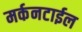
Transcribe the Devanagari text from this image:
मर्कनटाईल